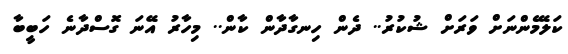
ކަލޭމެންނަށް ވަރަށް ޝުކުރު.. ދެން ހިނގާދާން ކާން.. މިހާރު އޭނަ ގޮސްދާނެ ހަބީބާ